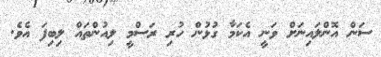
ސަން އޮންލައިނަށް ވަނީ އެކަމާ ގުޅުން ހުރި ރަސްމީ ލިއުންތައް ލިބިފަ އެވެ.